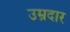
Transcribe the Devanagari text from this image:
उम्रदार